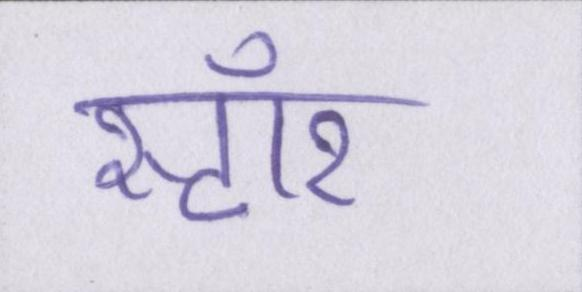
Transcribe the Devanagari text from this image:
स्टॉर